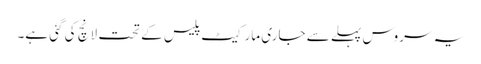
یہ سروس پہلے سے جاری مارکیٹ پلیس کے تحت لانچ کی گئی ہے۔